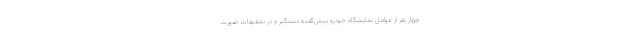
چهار نفر از عوامل نمایشگاه خودرو پیش‌گفته دستگیر و در تحقیقات صورت